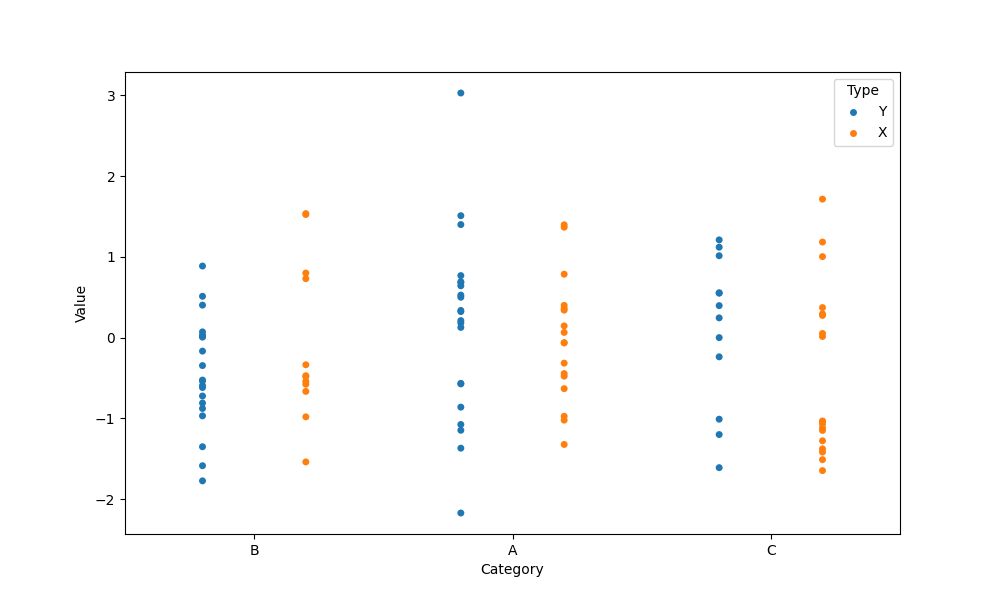
python, seaborn, stripplot, jitter=False, dodge=True, alpha=1.0, size=5